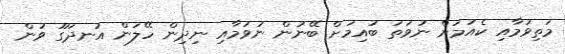
މަތިވުމާއި ކެއުމަށް ނުވަތަ ބުއިމަށް ބޭނުން ނުވުމާއި ނިދިން ހޭލަން އުނދަގޫ ވުން